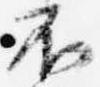
不